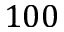
1 0 0